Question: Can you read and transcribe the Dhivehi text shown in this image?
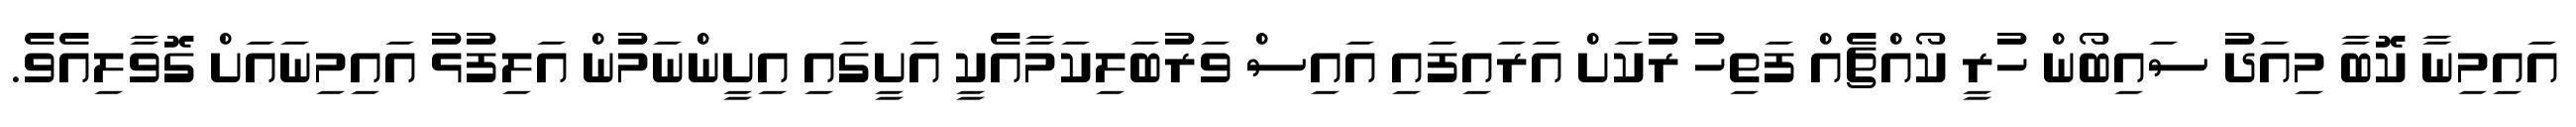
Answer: އައިމިނާ ކޮބާ މިއަދު ސައިބޯން ހުރީ ކޯއްޗެއް ފަތިހު ރުކަށް އަރައިފައި އައިސް ވަރުބަލިކަމާއެކީ އަށީގައި އިށީންނަމުން އަލިފުޅު އައިމިނައަށް ގޮވާލިއެވެ.